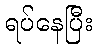
ရပ်နေပြီး